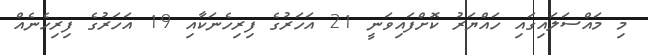
މި މައްސަލައިގައި ހައްޔަރު ކޮށްފައިވަނީ 21 އަހަރުގެ ފިރިހެނަކާއި 19 އަހަރުގެ ފިރިހެނެއް